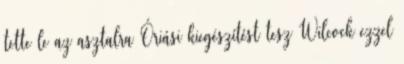
tette le az asztalra Óriási kiegészítést tesz Wilcock ezzel